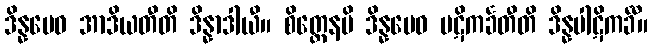
ဒိန္နမေဝ အာဒိယတီတိ ဒိန္နာဒါယီ။ စိတ္တေနပိ ဒိန္နမေဝ ပဋိကင်္ခတီတိ ဒိန္နပါဋိကင်္ခီ။